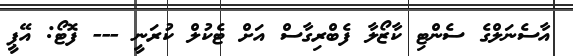
އާސެނަލްގެ ސެންޓި ކާޒޯލާ ފެބްރިގާސް އަށް ޓެކުލް ކުރަނީ --- ފޮޓޯ: އޭޕީ